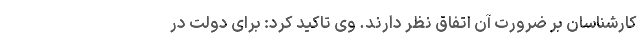
کارشناسان بر ضرورت آن اتفاق نظر دارند. وی تاکید کرد: برای دولت در